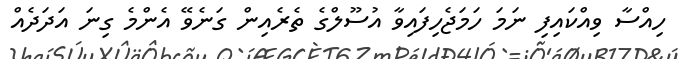
ހިއްސާ ވިއްކައިފި ނަމަ ހަމަޖެހިފައިވާ އުސޫލްގެ ތެރެއިން ގަނެވޭ އެންމެ ގިނަ އަދަދެއް